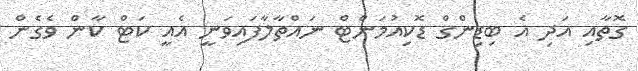
ގޮތާއި އަދި އެ ބިޑިންގް ޑޮކިއުމަންޓް ނައްތާލާފައިވަނީ އެއީ ކަޓް ކާން ވެގެން